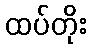
ထပ်တိုး